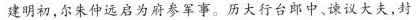
建明初，尔朱仲远启为府参军事。历大行台郎中、谏议大夫，封